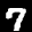
Label: 7